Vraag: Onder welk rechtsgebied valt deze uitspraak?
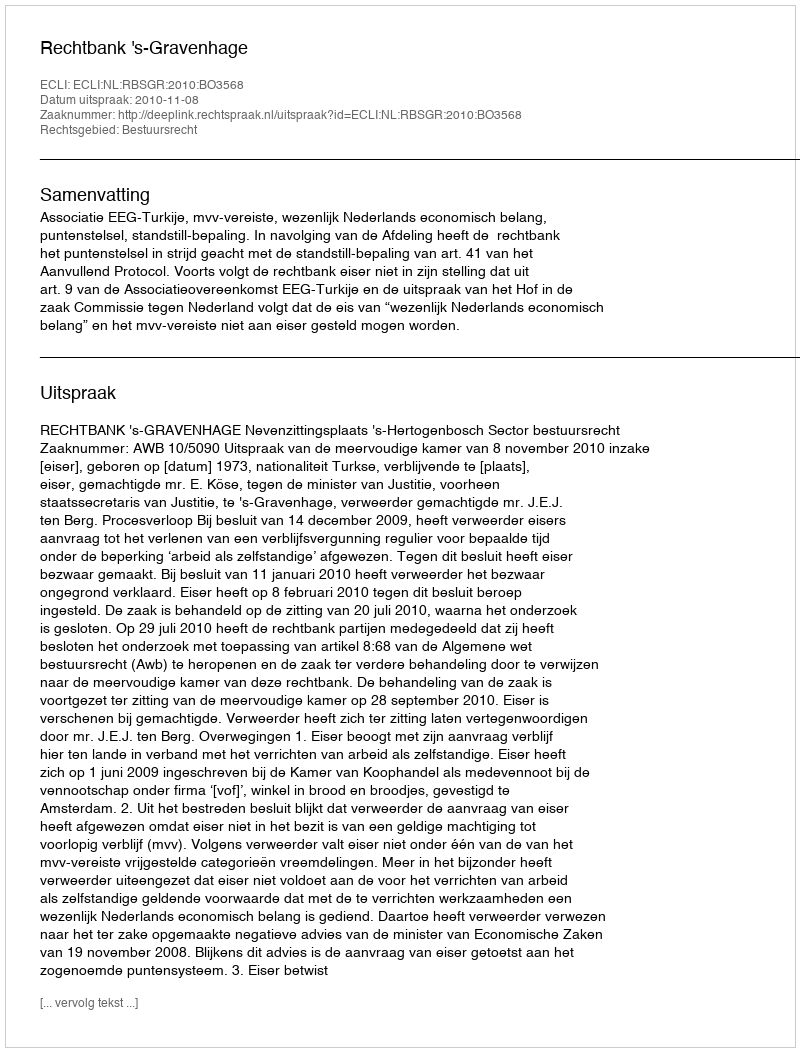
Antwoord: Bestuursrecht